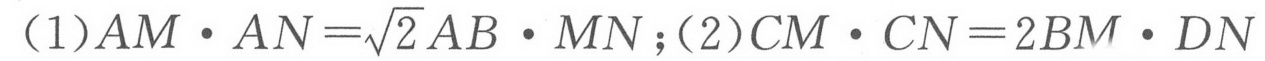
（1）\(AM\cdot AN=\sqrt{2}AB\cdot MN\)；（2）\(CM\cdot CN = 2BM\cdot DN\)